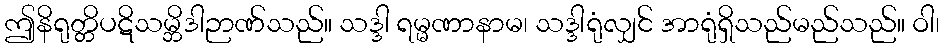
ဤနိရုတ္တိပဋိသမ္ဘိဒါဉာဏ်သည်။ သဒ္ဒါ ရမ္မဏာနာမ၊ သဒ္ဒါရုံလျှင် အာရုံရှိသည်မည်သည်။ ဝါ၊